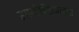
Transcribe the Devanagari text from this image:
झायोनिझमच्या